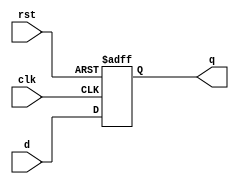
`timescale 1ns / 1ps
//////////////////////////////////////////////////////////////////////////////////
// Company: 
// Engineer: 
// 
// Design Name: 
// Module Name: johnson_counter_by_dff
// Project Name: 
// Target Devices: 
// Tool Versions: 
// Description: 
// 
// Dependencies: 
// 
// Revision:
// Revision 0.01 - File Created
// Additional Comments:
// 
//////////////////////////////////////////////////////////////////////////////////
module dff(input clk,rst,d,output reg q);
always@(posedge clk,posedge rst)
begin
if(rst==1'b1) q<=1'b0;
else q<=d;
end
endmodule
//////////////////////D-flip flop/////////////////////////

module johnson_counter_by_dff(
    input clock,
    input reset,
    output  [3:0] dout,
    output [3:0] dout_bar
    );
    wire [3:0] d;
    //wire [3:0] d_bar;
    
  
    dff d1(clock,reset,d[0],dout[0]);
    dff d2(clock,reset,d[1],dout[1]);
    dff d3(clock,reset,d[2],dout[2]);
    dff d4(clock,reset,d[3],dout[3]);
    
    assign d[3]=~dout[0];
    assign d[2]=dout[3];
    assign d[1]=dout[2];
    assign d[0]=dout[1];
    assign dout_bar=~dout;
    endmodule